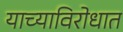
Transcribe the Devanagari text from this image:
याच्याविरोधात